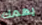
يهمك